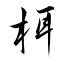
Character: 栮